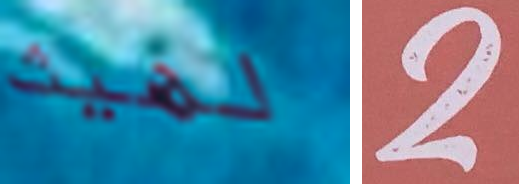
لهيث 2